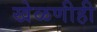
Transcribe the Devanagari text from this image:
खेळणीही